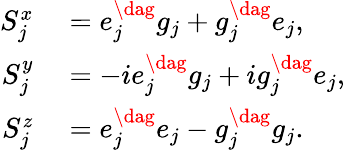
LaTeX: \begin{array}{rl}{S_{j}^{x}}&{{}=e_{j}^{\dag}g_{j}+g_{j}^{\dag}e_{j},}\\ {S_{j}^{y}}&{{}=-ie_{j}^{\dag}g_{j}+ig_{j}^{\dag}e_{j},}\\ {S_{j}^{z}}&{{}=e_{j}^{\dag}e_{j}-g_{j}^{\dag}g_{j}.}\end{array}